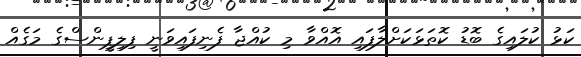
ކަޅު ކުލައިގެ ބޮޑު ކޮތަޅަކަށްލާފައި އޮއްވާ މި ކުއްޖާ ފެނިފައިވަނީ ފިލިޕީންސްގެ މަގެއް